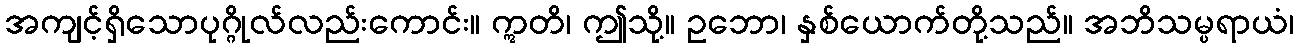
အကျင့်ရှိသောပုဂ္ဂိုလ်လည်းကောင်း။ ဣတိ၊ ဤသို့။ ဥဘော၊ နှစ်ယောက်တို့သည်။ အဘိသမ္ပရာယံ၊